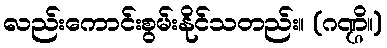
လည်းကောင်းစွမ်းနိုင်သတည်း။ (ဂဏ္ဌိ။)